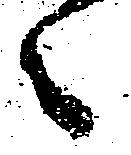
々